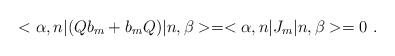
\begin{align*}< \alpha , n | (Q b_{m} + b_{m} Q) | n, \beta > = <\alpha , n | J_{m} | n ,\beta > = 0~.\end{align*}